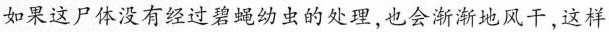
如果这尸体没有经过碧蝇幼虫的处理，也会渐渐地风干，这样